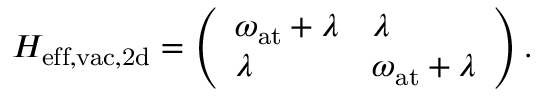
H _ { \mathrm { e f f , v a c , 2 d } } = \left( \begin{array} { l l } { \omega _ { \mathrm { a t } } + \lambda } & { \lambda } \\ { \lambda } & { \omega _ { \mathrm { a t } } + \lambda } \end{array} \right) .